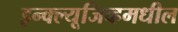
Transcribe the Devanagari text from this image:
इन्क्ल्यूजिव्हमधील